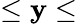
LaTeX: \leq\mathbf{y}\leq